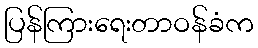
ပြန်ကြားရေးတာဝန်ခံက